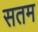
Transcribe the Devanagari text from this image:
सतम